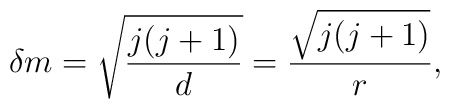
\delta m =  \sqrt{\frac{j(j+1)}{d}} = \frac{\sqrt{j(j+1)}}{r},